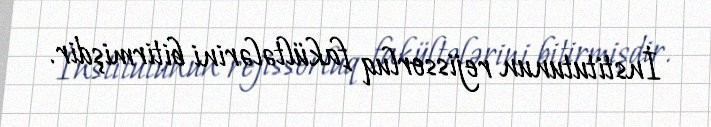
İnstitutunun rejissorluq fakültələrini bitirmişdir.